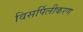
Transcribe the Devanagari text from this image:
विसर्पिलीकरण